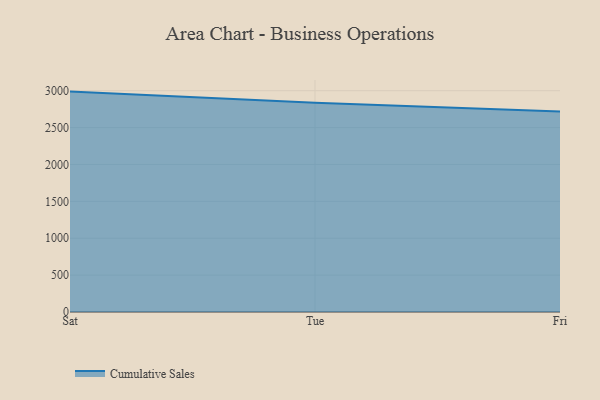
{"axis": {"x": "Day", "y": "Revenue (USD Million)"}, "legend": ["Cumulative Sales"], "data": [{"x": "Sat", "y": 2987.6, "type": "Cumulative Sales"}, {"x": "Tue", "y": 2837.6, "type": "Cumulative Sales"}, {"x": "Fri", "y": 2716.6, "type": "Cumulative Sales"}]}